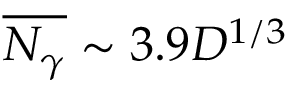
\overline { { N _ { \gamma } } } \sim 3 . 9 D ^ { 1 / 3 }